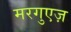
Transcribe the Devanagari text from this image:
मरगुएज़